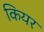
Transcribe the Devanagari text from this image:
कियर